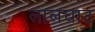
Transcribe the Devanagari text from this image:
लालघाट